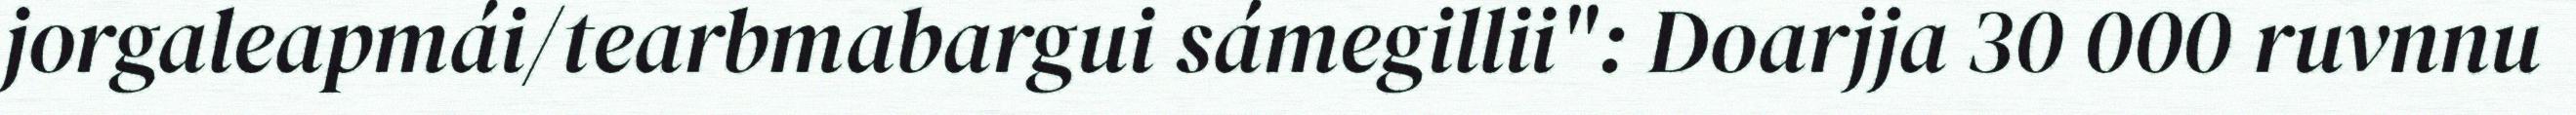
jorgaleapmái/tearbmabargui sámegillii": Doarjja 30 000 ruvnnu